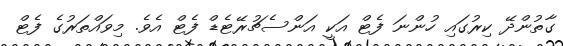
ގާތުންދޭ ކިރުގައި ހުންނަ ފެޓް އަކީ އަންސެޗުރޭޓެޑް ފެޓް އެވެ. މިވައްތަރުގެ ފެޓް